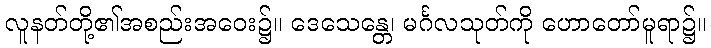
လူနတ်တို့၏အစည်းအဝေး၌။ ဒေသေန္တေ၊ မင်္ဂလသုတ်ကို ဟောတော်မူရာ၌။